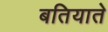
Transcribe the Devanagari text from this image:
बतियाते